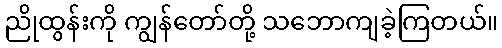
ညိုထွန်းကို ကျွန်တော်တို့ သဘောကျခဲ့ကြတယ်။